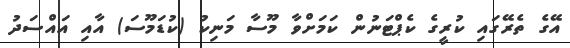
އޭގެ ތެރޭގައި ކުރީގެ ކެޕްޓަނުން ކަމަށްވާ މޫސާ މަނިކު (ކުޑަމޫސަ) އާއި އައްސަދު